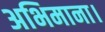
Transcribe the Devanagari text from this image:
अभिमाना।